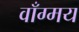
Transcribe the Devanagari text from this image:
वाँग्मय